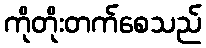
ကိုတိုးတက်စေသည်